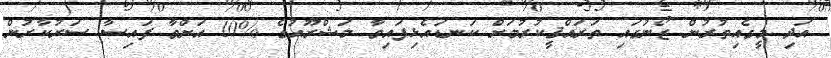
އަދި މީގެއިތުރުން ޒޯނުގައި ތަރައްޤީކުރުމަށް ކަނޑައެޅިފައިވާ މަޝްރޫއުގެ %10 އަށްވާ ފައިސާ ސަރުކާރުން